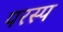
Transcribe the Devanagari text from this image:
परस्प